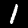
Label: 1